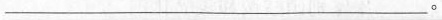
___。